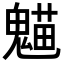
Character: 𩳸